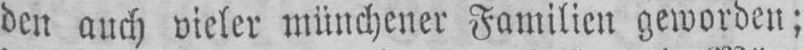
den auch vieler münchener Familien geworden;